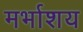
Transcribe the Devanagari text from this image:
मर्भाशय